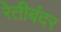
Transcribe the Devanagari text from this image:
रेतीबंदर